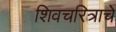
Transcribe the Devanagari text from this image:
शिवचरित्राचे